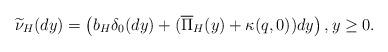
LaTeX: \begin{align*}\widetilde{\nu}_{H}(dy)=\left(b_{H}\delta_{0}(dy)+(\overline{\Pi}_{H}(y)+\kappa(q,0))dy\right),y\geq 0.\end{align*}